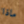
ماذا